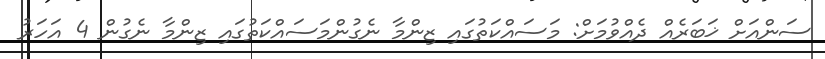
ސަންއަށް ޚަބަރެއް ދެއްވުމަށް: މަސައްކަތުގައި ޒިންމާ ނެގުންމަސައްކަތުގައި ޒިންމާ ނެގުން 4 އަހަރު